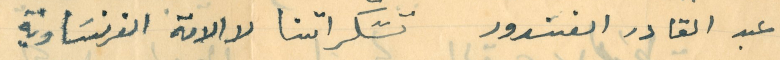
عبد القادر الغندور  تشكراتنا لاالامة الفرنسَاوية